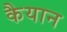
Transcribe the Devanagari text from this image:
कैयान